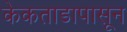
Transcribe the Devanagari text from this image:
केकताडापासून